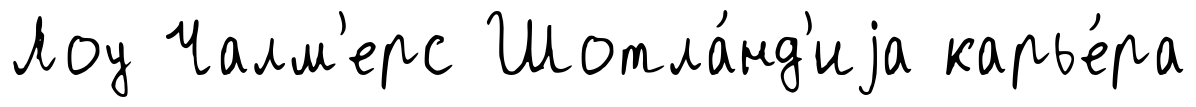
Лоу Чалм'ерс Шотла́нд'иjа карье́ра